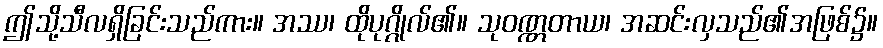
ဤသို့သီလရှိခြင်းသည်ကား။ အဿ၊ ထိုပုဂ္ဂိုလ်၏။ သုဝဏ္ဏတာယ၊ အဆင်းလှသည်၏အဖြစ်၌။